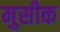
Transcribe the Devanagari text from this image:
मुसीक